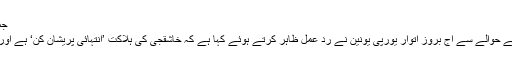
جمال خاشقجی کی ہلاکت ’انتہائی پریشان کن‘ ہے، یورپی یونین
سعودی حکومت کے ناقد صحافی جمال خاشقجی کی ہلاکت کے حوالے سے آج بروز اتوار یورپی یونین نے رد عمل ظاہر کرتے ہوئے کہا ہے کہ خاشقجی کی ہلاکت ’انتہائی پریشان کن‘ ہے اور اس کی غیر جانبدار اور قابل اعتبار تفتیش کی ضرورت ہے۔